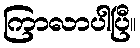
ကြာလာပါပြီ။